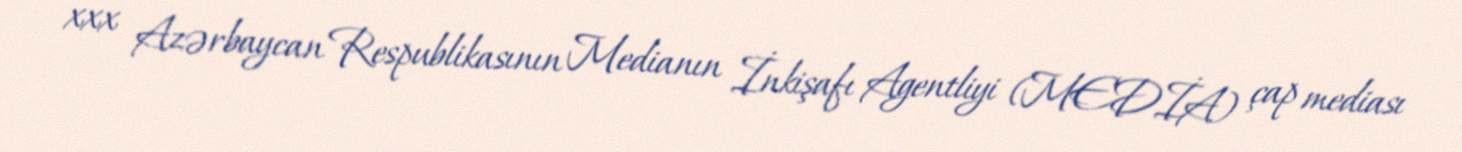
xxx Azərbaycan Respublikasının Medianın İnkişafı Agentliyi (MEDİA) çap mediası